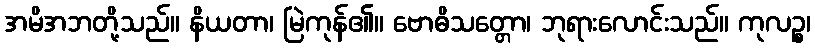
အမိအဘတို့သည်။ နိယတာ၊ မြဲကုန်၏။ ဗောဓိသတ္တော၊ ဘုရားလောင်းသည်။ ကုလဉ္စ၊